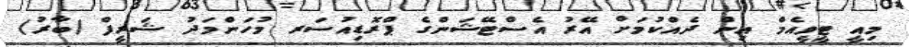
މިއީ ޓީވީއެމް އިން ދެއްކުމަށް އޭރު އެސްޓޭޝަންގެ ޕްރޮޑިއުސަރ މުހަންމަދު ޝަރީފް (ބާރު)